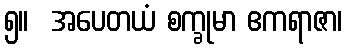
၅။  အပေတယံ စက္ခုမာ ဧကရာဇာ၊